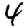
Digit: 4